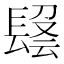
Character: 𨲑